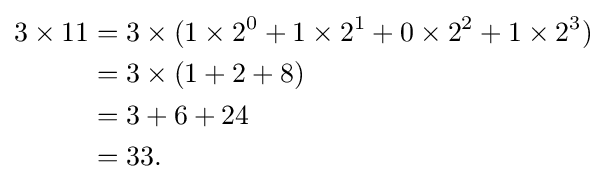
{\begin{aligned}3\times 11&=3\times (1\times 2^{0}+1\times 2^{1}+0\times 2^{2}+1\times 2^{3})\\&=3\times (1+2+8)\\&=3+6+24\\&=33.\end{aligned}}